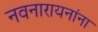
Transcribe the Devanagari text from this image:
नवनारायनांना